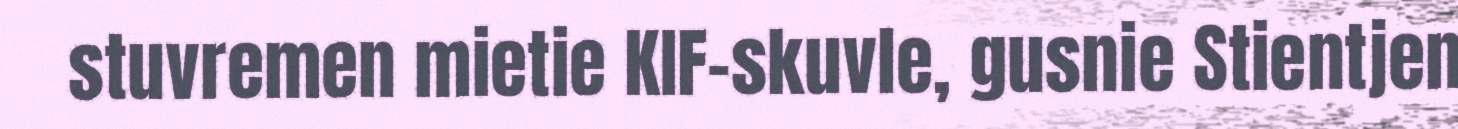
stuvremen mietie KIF-skuvle, gusnie Stientjen